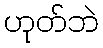
ဟုတ်ဘဲ